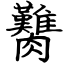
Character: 臡